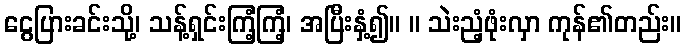
ငွေပြားခင်းသို့၊ သန့်ရှင်းကြံ့ကြံ့၊ အပြီးနှံ့၍။ ။ သဲးညံ့ဖုံးလှာ ကုန်၏တည်း။